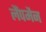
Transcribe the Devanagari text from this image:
लैंपमैन